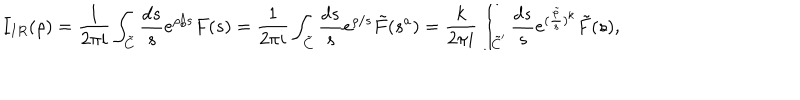
I _ { I R } ( \rho ) = \frac { 1 } { 2 \pi i } \int _ { \tilde { C } } \frac { d s } { s } e ^ { \rho / s } F ( s ) = \frac { 1 } { 2 \pi i } \int _ { \tilde { C } } \frac { d s } { s } e ^ { \rho / s } \tilde { F } ( s ^ { a } ) = \frac { k } { 2 \pi i } \int _ { \tilde { C } ^ { \prime } } \frac { d s } { s } e ^ { ( \frac { \tilde { \rho } } { s } ) ^ { k } } \tilde { F } ( s ) ,